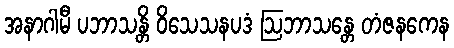
အနာဂါမီ ပဘာသန္တိ ဝိသေသနပဒံ ဩဘာသန္တေ တံဇနကေန